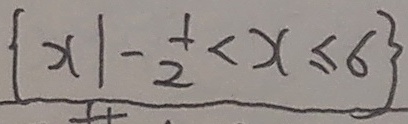
\{ x \vert - \frac { 1 } { 2 } < x \leq 6 \}